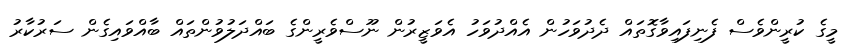
މީގެ ކުރީންވެސް ފެނިފައިވާގޮތައް ދެދުވަހުން އެއްދުވަހު އެވަޒީރުން ނޫސްވެރީންގެ ބައްދަލުވުންތައް ބާއްވައިގެން ސަރުކާރު